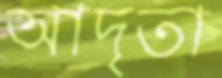
আদৃতা